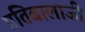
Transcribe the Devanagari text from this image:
प्रतिबालाजी